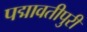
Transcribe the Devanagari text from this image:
पद्मावतीपुरी